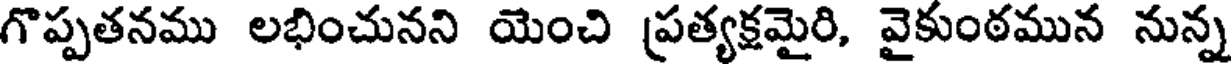
గొప్పతనము లభించునని యెంచి ప్రత్యక్షమైరి, వైకుంఠమున నున్న